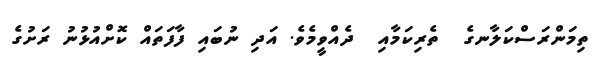
ތިމަންރަސްކަލާނގެ  ތެރިކަމާއި  ދެއްވީމެވެ. އަދި ނުބައި ފާފަތައް ކޮށްއުޅުނު ރަށުގެ